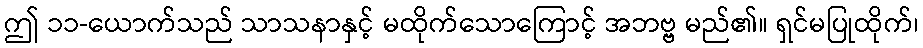
ဤ ၁၁-ယောက်သည် သာသနာနှင့် မထိုက်သောကြောင့် အဘဗ္ဗ မည်၏။ ရှင်မပြုထိုက်၊